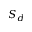
S _ { d }